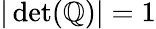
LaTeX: |\operatorname*{det}(\mathbb{Q})|=1